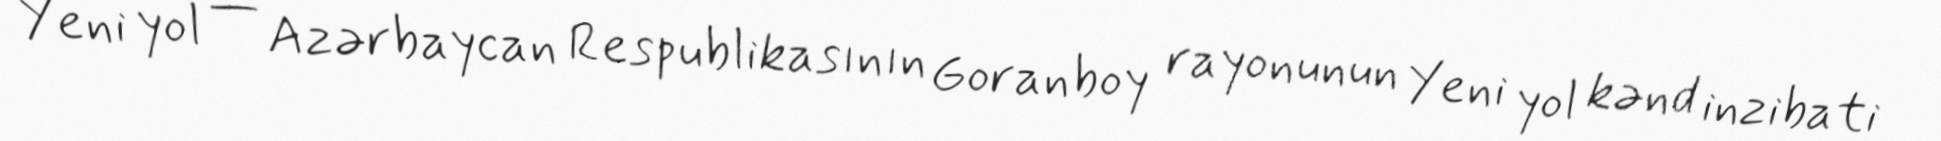
Yeni yol — Azərbaycan Respublikasının Goranboy rayonunun Yeni yol kənd inzibati